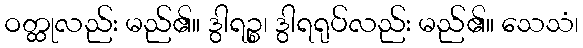
ဝတ္ထုလည်း မည်၏။ ဒွါရဉ္စ၊ ဒွါရရုပ်လည်း မည်၏။ သေသံ၊